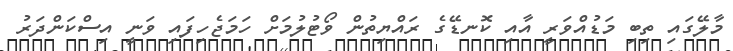
މާލޭގައި ތިބި މަޑުއްވަރީ އާއި ކޮނޑޭގެ ރައްޔިތުން ވޯޓުލުމަށް ހަމަޖެހިފައި ވަނީ އިސްކަންދަރު